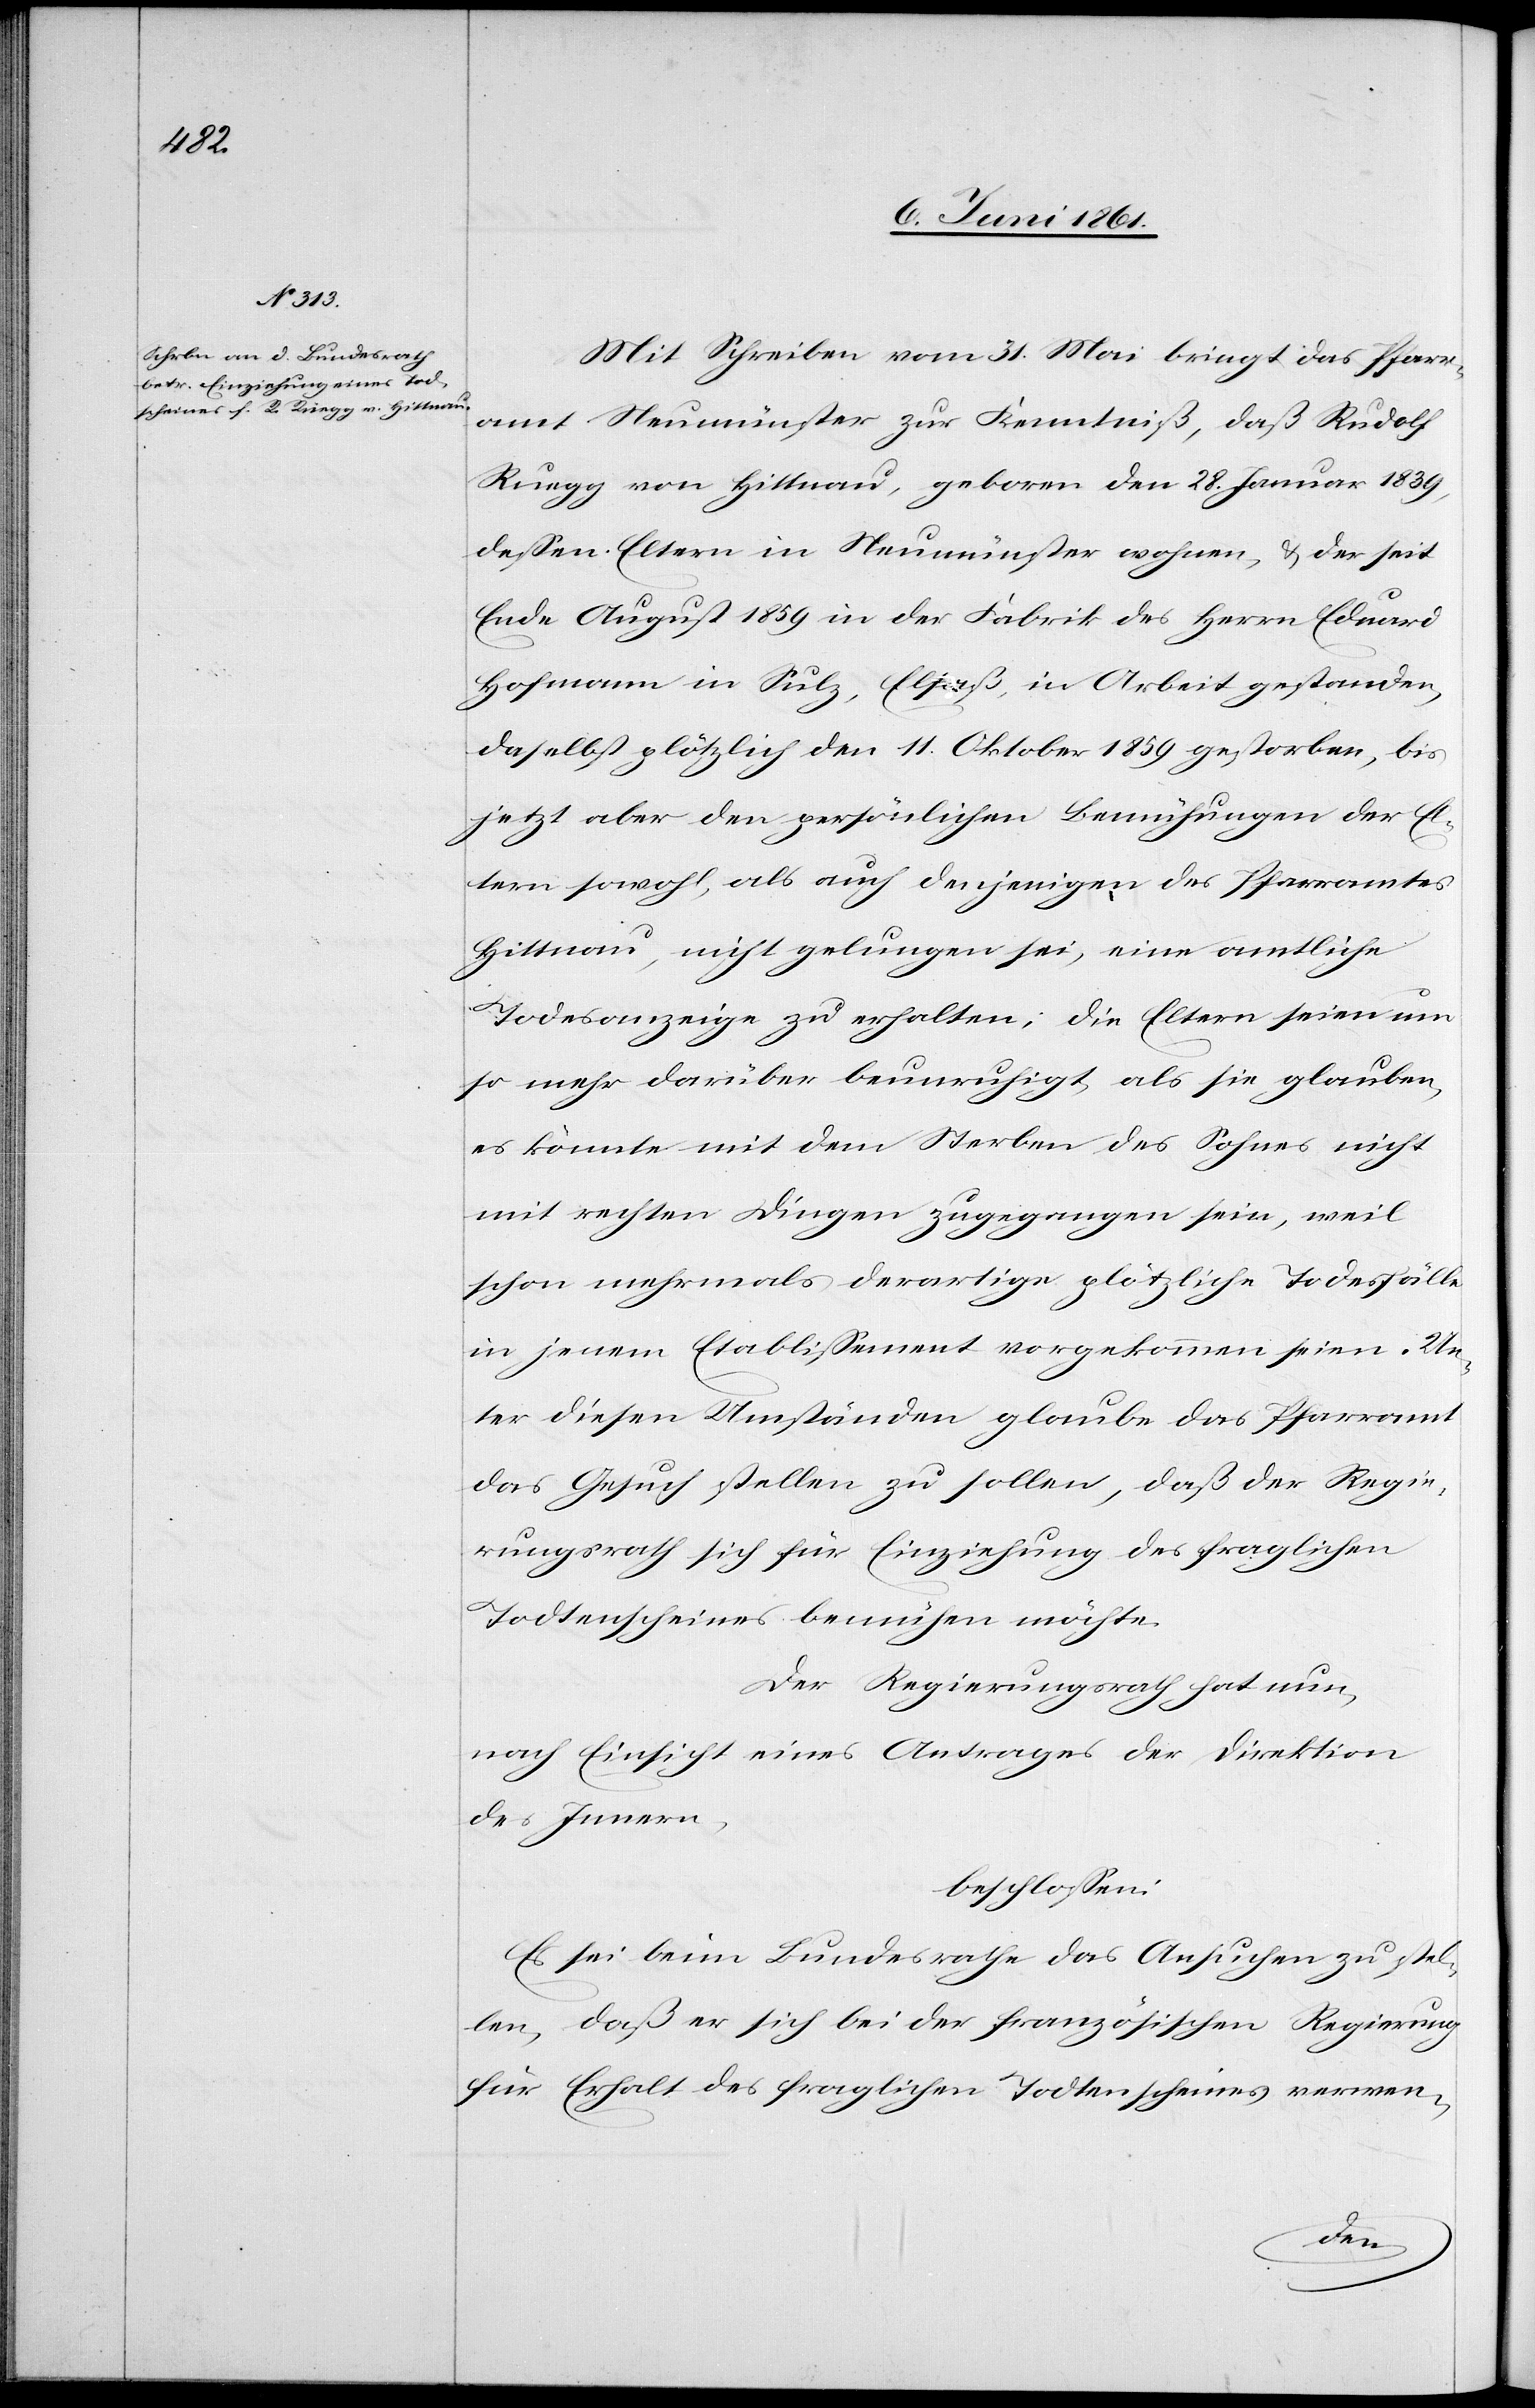
Mit Schreiben vom 31. Mai bringt das Pfarr¬
amt Neumünster zur Kenntniß, daß Rudolf
Rüegg von Hittnau, geboren den 28. Januar 1839,
dessen Eltern in Neumünster wohnen, u. der seit
Ende August 1859 in der Fabrik des Herrn Eduard
Hofmann in Sulz, Elsaß, in Arbeit gestanden,
daselbst plötzlich den 11. Oktober 1859 gestorben, bis
jetzt aber den persönlichen Bemühungen der El¬
tern sowohl, als auch denjenigen des Pfarramtes
Hittnau, nicht gelungen sei, eine amtliche
Todesanzeige zu erhalten; die Eltern seien um
so mehr darüber beunruhigt, als sie glauben,
es könnte mit dem Sterben des Sohnes nicht
mit rechten Dingen zugegangen sein, weil
schon mehrmals derartige plötzliche Todesfälle
in jenem Etablissement vorgekommen seien. Un¬
ter diesen Umständen glaube das Pfarramt
das Gesuch stellen zu sollen, daß der Regie¬
rungsrath sich für Einziehung des fraglichen
Todtenscheines bemühen möchte.
Der Regierungsrath hat nun,
nach Einsicht eines Antrages der Direktion
des Innern,
beschlossen:
Es sei beim Bundesrathe das Ansuchen zu stel¬
len, daß er sich bei der französischen Regierung
für Erhalt des fraglichen Todtenscheines verwen¬
d-